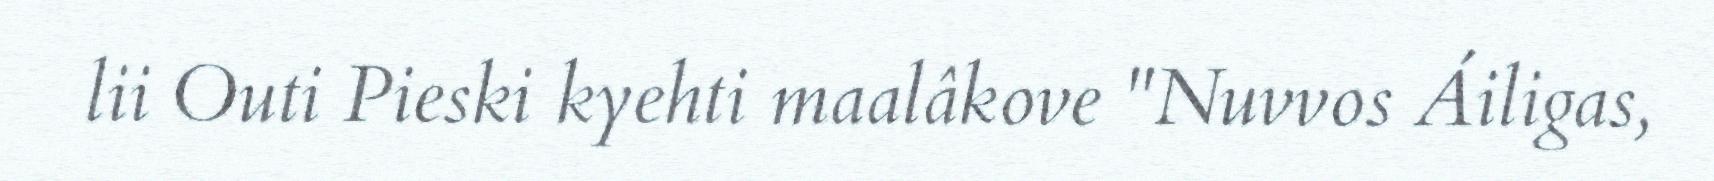
lii Outi Pieski kyehti maalâkove "Nuvvos Áiligas,